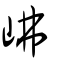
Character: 𡶒